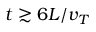
t \gtrsim 6 L / v _ { T }